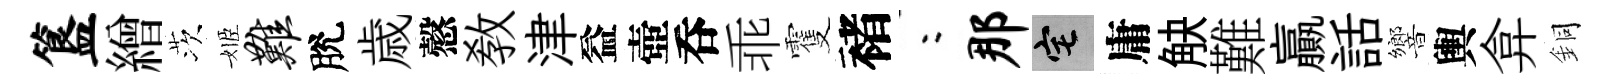
簋繒茨姬难脫歳慤敎津益壺呑乖䨥褚欸那宅庸觖難贏話響輿弇銅